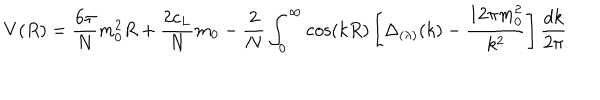
LaTeX: V ( R ) = \frac { 6 \pi } N m _ { 0 } ^ { 2 } R + \frac { 2 c _ { L } } N m _ { 0 } - \frac 2 N \int _ { 0 } ^ { \infty } \cos ( k R ) \left[ \Delta _ { ( \lambda ) } ( k ) - \frac { 1 2 \pi m _ { 0 } ^ { 2 } } { k ^ { 2 } } \right] \frac { d k } { 2 \pi }